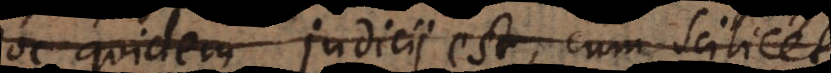
hoc quidem judicii est, cum scilicet